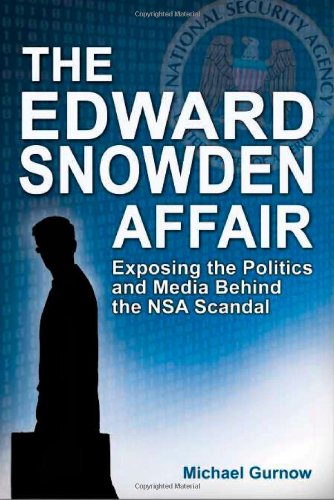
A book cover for The Edward Snowden Affair: Exposing the Politics and Media Behind the NSA Scandal; Michael Gurnow; Law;